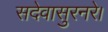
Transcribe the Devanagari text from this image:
सदेवासुरनरे।